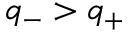
q _ { - } > q _ { + }